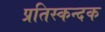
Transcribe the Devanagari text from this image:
प्रतिस्कन्दक